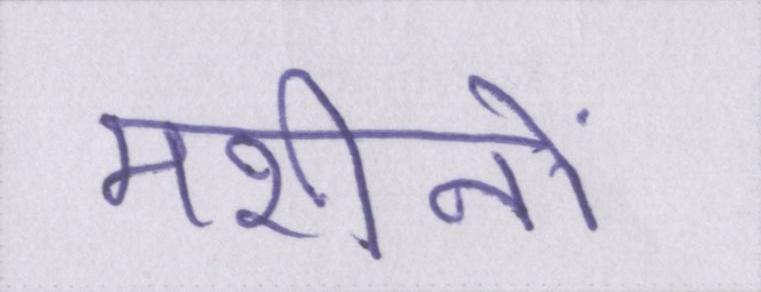
मशीनों